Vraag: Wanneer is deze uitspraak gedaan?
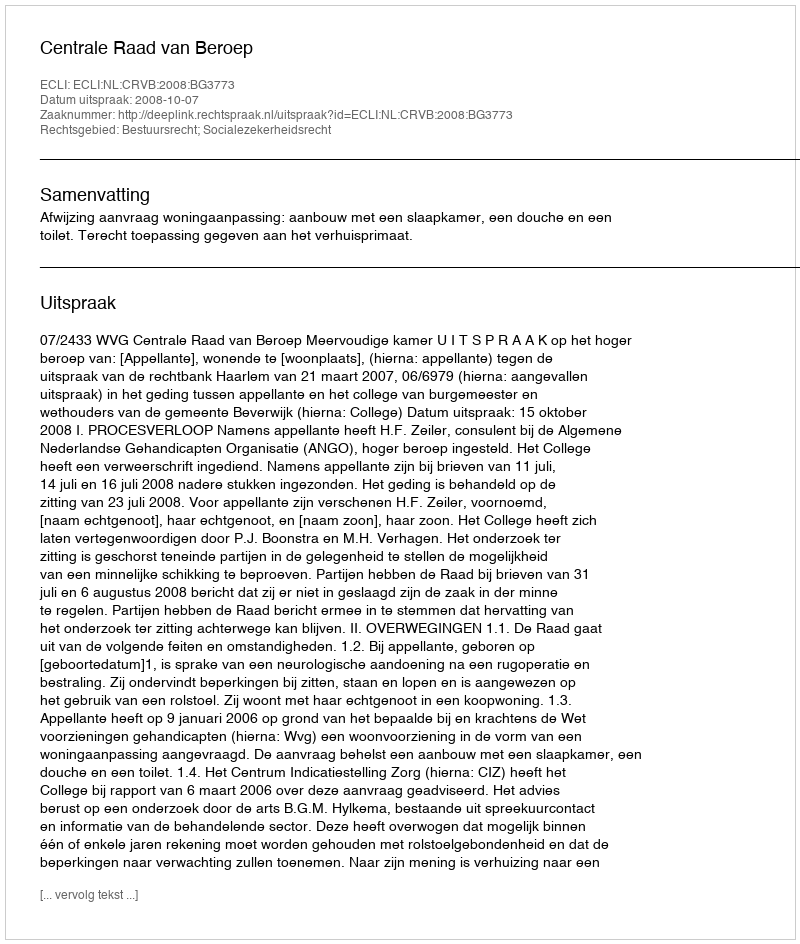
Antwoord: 2008-10-07